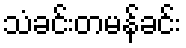
သံခင်းတမန်ခင်း